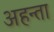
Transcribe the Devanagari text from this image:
अहन्ता